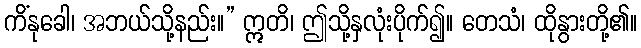
ကိံနုခေါ၊ အဘယ်သို့နည်း။” ဣတိ၊ ဤသို့နှလုံးပိုက်၍။ တေသံ၊ ထိုနွားတို့၏။